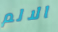
الالم